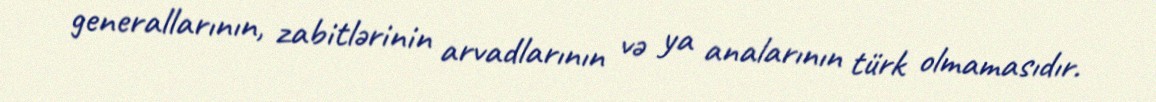
generallarının, zabitlərinin arvadlarının və ya analarının türk olmamasıdır.